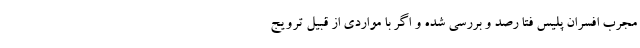
مجرب افسران پلیس فتا رصد و بررسی شده و اگر با مواردی از قبیل ترویج